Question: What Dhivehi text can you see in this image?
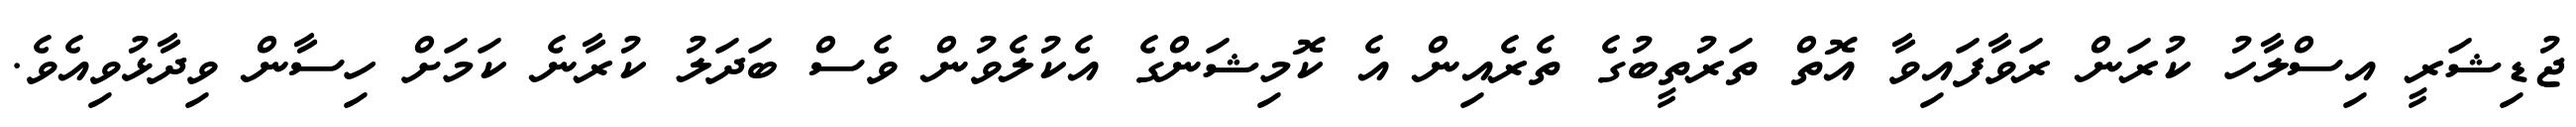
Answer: ޖުޑިޝަރީ އިސްލާހު ކުރަން ރަވާފައިވާ އޮތް ތަރުތީބުގެ ތެރެއިން އެ ކޮމިޝަންގެ އެކުލެވުން ވެސް ބަދަލު ކުރާނެ ކަމަށް ހިސާން ވިދާޅުވިއެވެ.